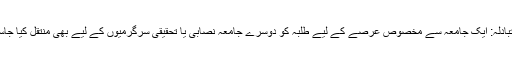
طلبہ کا تبادلہ: ایک جامعہ سے مخصوص عرصے کے لیے طلبہ کو دوسرے جامعہ نصابی یا تحقیقی سرگرمیوں کے لیے بھی منتقل کیا جاسکتا ہے۔